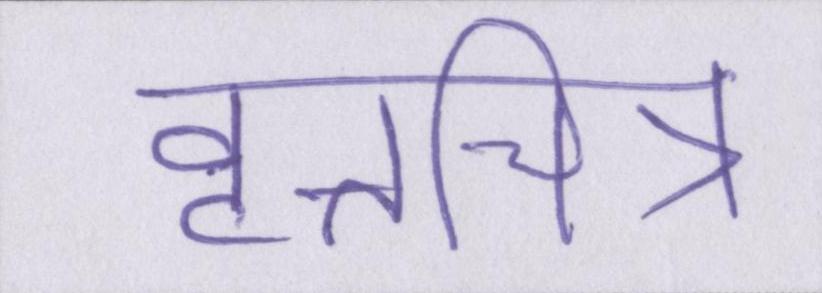
वृत्तचित्र